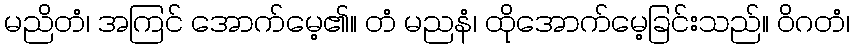
မညိတံ၊ အကြင် အောက်မေ့၏။ တံ မညနံ၊ ထိုအောက်မေ့ခြင်းသည်။ ဝိဂတံ၊